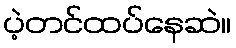
ပဲ့တင်ထပ်နေဆဲ။